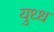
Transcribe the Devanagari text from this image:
युध्ध